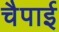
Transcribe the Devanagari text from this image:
चैपाई